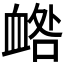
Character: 𧖼